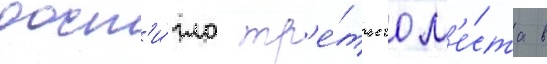
дост'и́гла тр'е́тьего м'е́ста в